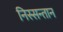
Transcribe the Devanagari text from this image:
निस्सन्तान